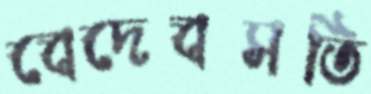
বেদেবসতি